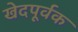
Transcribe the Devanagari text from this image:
खेदपूर्वक